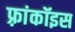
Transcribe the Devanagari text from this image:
फ़्रांकॉइस